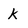
Character: k